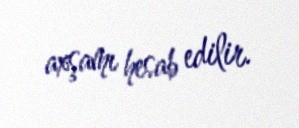
axşamı hesab edilir.